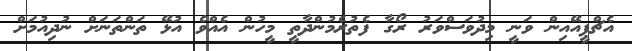
އެޗްޕީއޭއިން ވަނީ މިދުވަސްވަރު ރޯގާ ފެތުރެމުންދާތީ މީހުން އެއްވެ އުޅޭ ތަންތަނަށް ނުދިއުމަށް